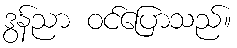
ဒွန်ညာ ဝင်ပြောသည်။